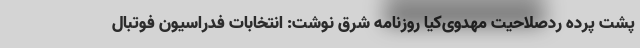
پشت پرده ردصلاحیت مهدوی‌کیا روزنامه شرق نوشت: انتخابات فدراسیون فوتبال